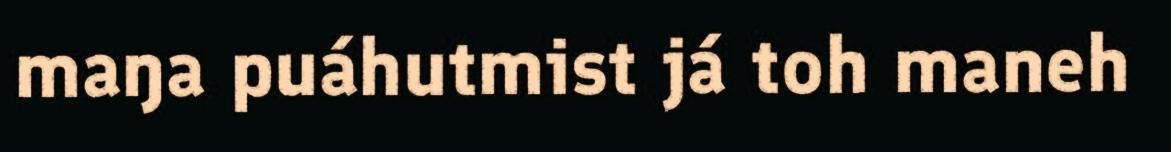
maŋa puáhutmist já toh maneh